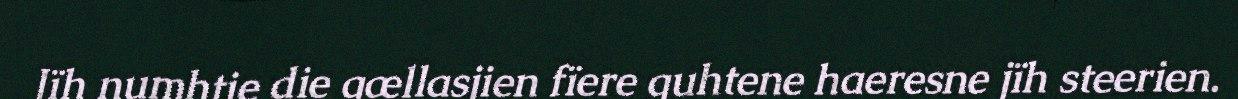
Jïh numhtie die gællasjien fïere guhtene haeresne jïh steerien.